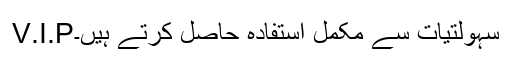
V.I.Pسہولتیات سے مکمل استفادہ حاصل کرتے ہیں۔